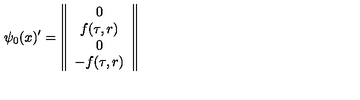
\psi _ { 0 } ( x ) ^ { \prime } = \left\| \begin{array} { c } { 0 } \\ { f ( \tau , r ) } \\ { 0 } \\ { - f ( \tau , r ) } \\ \end{array} \right\|